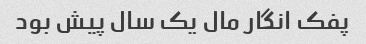
پفک انگار مال یک سال پیش بود